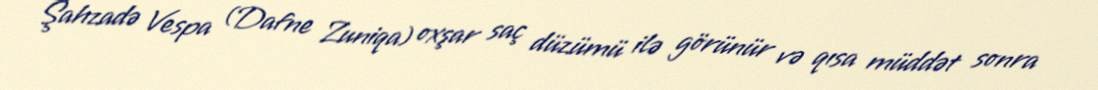
Şahzadə Vespa (Dafne Zuniqa) oxşar saç düzümü ilə görünür və qısa müddət sonra